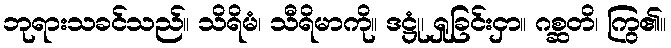
ဘုရားသခင်သည်။ သိရိမံ၊ သီရိမာကို။ ဒဋ္ဌုံ၊ ရှုခြင်းငှာ။ ဂစ္ဆတိ၊ ကြွ၏။